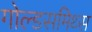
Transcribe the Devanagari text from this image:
गोल्डसमिथ्स